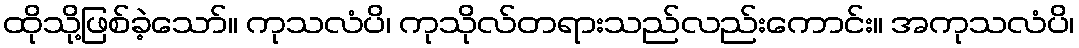
ထိုသို့ဖြစ်ခဲ့သော်။ ကုသလံပိ၊ ကုသိုလ်တရားသည်လည်းကောင်း။ အကုသလံပိ၊